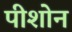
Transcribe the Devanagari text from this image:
पीशोन